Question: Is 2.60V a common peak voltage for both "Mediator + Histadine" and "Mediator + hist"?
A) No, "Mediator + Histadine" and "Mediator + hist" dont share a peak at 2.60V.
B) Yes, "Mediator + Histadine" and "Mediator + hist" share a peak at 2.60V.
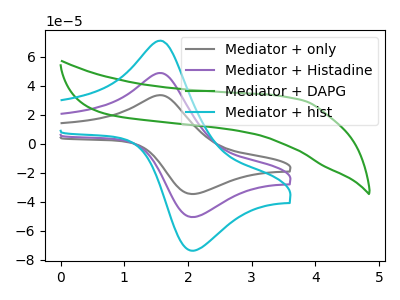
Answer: <think>The gray curve "Mediator + only" has an anodic peak at (1.55V, 33.40uA) and a cathodic peak at (2.10V, -34.80uA). The purple curve "Mediator + Histadine" has an anodic peak at (1.55V, 48.70uA) and a cathodic peak at (2.10V, -50.70uA). The green curve "Mediator + DAPG" has no peaks. The cyan curve "Mediator + hist" has an anodic peak at (1.55V, 97.40uA) and a cathodic peak at (2.10V, -101.40uA).</think>
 <answer>A) No, "Mediator + Histadine" and "Mediator + hist" dont share a peak at 2.60V.</answer>
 <eval>A</eval>